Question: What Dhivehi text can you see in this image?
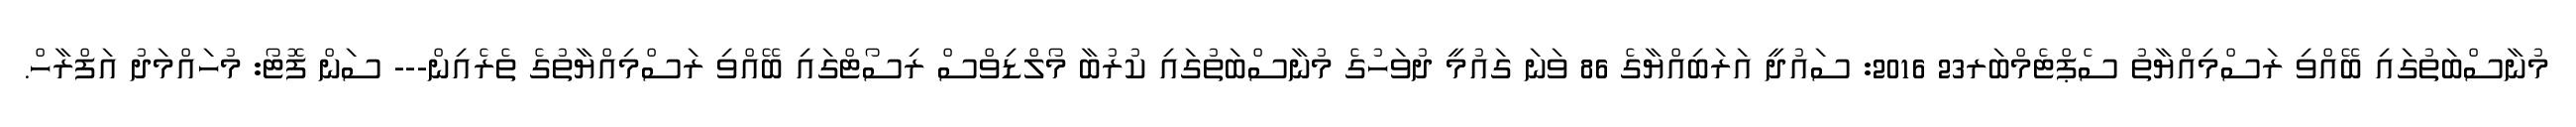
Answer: މުނާސްބަތުގައި ބޭއްވި ރަސްމިއްޔާތު ސެޕްޓެމްބަރ23 2016: ސައުދީ އަރަބިއްޔާގެ 86 ވަނަ ގައުމީ ދުވަހުގެ މުނާސްބަތުގައި ކުރުބާ މޯލްޑިވްސް ރިސޯޓްގައި ބޭއްވި ރަސްމިއްޔާތުގެ ތެރެއިން--- ސަން ފޮޓޯ: މުހައްމަދު އަފްރާހް.